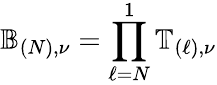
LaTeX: \mathbb{B}_{(N),\nu}=\prod_{\ell=N}^{1}\mathbb{T}_{(\ell),\nu}